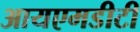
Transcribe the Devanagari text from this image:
आयएमडीटी